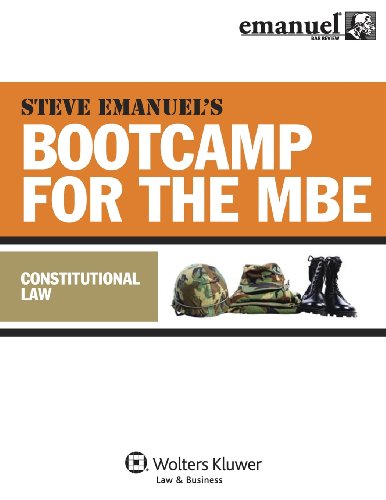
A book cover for MBE Bootcamp: Constitutional Law (Bootcamp for the Mbe); Steven Emanuel; Test Preparation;